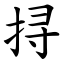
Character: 挦